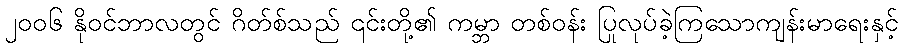
၂၀၀၆ နိုဝင်ဘာလတွင် ဂိတ်စ်သည် ၎င်းတို့၏ ကမ္ဘာ တစ်ဝန်း ပြုလုပ်ခဲ့ကြသောကျန်းမာရေးနှင့်